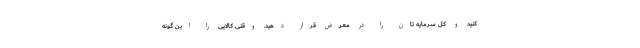
کنید و کل سرمایه تان را در معرض قرار دهید. وقتی کالایی را این گونه